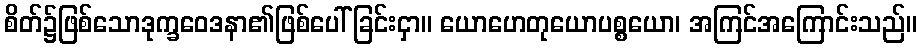
စိတ်၌ဖြစ်သောဒုက္ခဝေဒနာ၏ဖြစ်ပေါ်ခြင်းငှာ။ ယောဟေတုယောပစ္စယော၊ အကြင်အကြောင်းသည်။